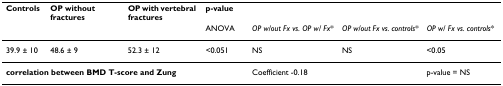
<table><thead><tr><td><b>Controls</b></td><td><b>OP without fractures</b></td><td><b>OP with vertebral fractures</b></td><td><b>p-value</b></td><td>[EMPTY_CELL]</td><td>[EMPTY_CELL]</td><td>[EMPTY_CELL]</td></tr><tr><td>[EMPTY_CELL]</td><td>[EMPTY_CELL]</td><td>[EMPTY_CELL]</td><td><b>ANOVA</b></td><td><b><i>OP w/out Fx vs. OP w/ Fx</i>*</b></td><td><b><i>OP w/out Fx vs. controls</i>*</b></td><td><b><i>OP w/ Fx vs. controls</i>*</b></td></tr></thead><tbody><tr><td>39.9 ± 10</td><td>48.6 ± 9</td><td>52.3 ± 12</td><td>&lt;0.051</td><td>NS</td><td>NS</td><td>&lt;0.05</td></tr><tr><td colspan="4"><b>correlation between BMD T-score and Zung</b></td><td>Coefficient -0.18</td><td>[EMPTY_CELL]</td><td>p-value = NS</td></tr></tbody></table>